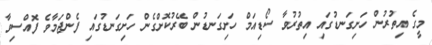
މީގެ އިތުރުން ހަށިގަނޑުގައި އިތުރުވާ ސޯޑިއަމް ހަށިގަނޑުން ބޭރުކޮށްގެން ހަށިގަނޑުގައި ފެންޖަމާވެ ފޮއްސިވާ